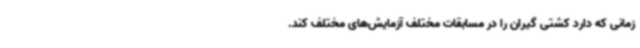
زمانی که دارد کشتی گیران را در مسابقات مختلف آزمایش‌های مختلف کند.